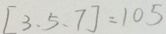
[ 3 , 5 , 7 ] = 1 0 5